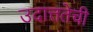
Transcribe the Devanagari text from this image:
उदात्ततेची